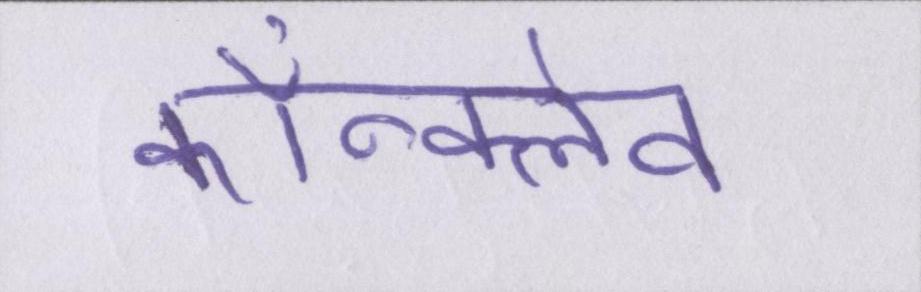
कॉन्क्लेव